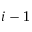
i - 1